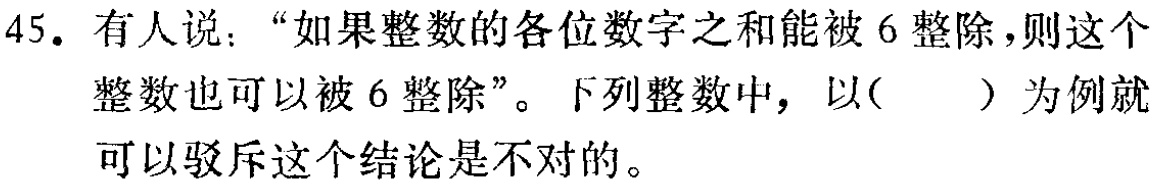
45. 有人说：“如果整数的各位数字之和能被 6 整除，则这个整数也可以被 6 整除”。下列整数中，以( ) 为例就可以驳斥这个结论是不对的。